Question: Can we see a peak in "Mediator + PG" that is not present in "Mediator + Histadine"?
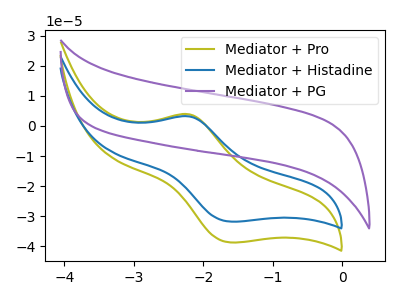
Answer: <think>The olive curve "Mediator + Pro" has an anodic peak at (-2.20V, 3.90uA) and a cathodic peak at (-1.60V, -38.70uA). The blue curve "Mediator + Histadine" has an anodic peak at (-2.20V, 3.20uA) and a cathodic peak at (-1.60V, -31.75uA). The purple curve "Mediator + PG" has no peaks.
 "Mediator + PG" and "Mediator + Histadine" have a different number of peaks.</think>
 <answer>Yes, "Mediator + PG" and "Mediator + Histadine" are different in shape.</answer>
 <eval>yes_change</eval>